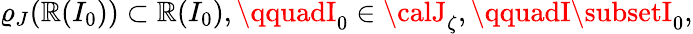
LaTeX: \varrho_{J}({\cal\mathbb{R}}(I_{0}))\subset{\cal\mathbb{R}}(I_{0}),\qquadI_{0}\in{\calJ}_{\zeta},\qquadI\subsetI_{0},